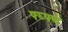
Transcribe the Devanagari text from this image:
फ्घ्फ्घ